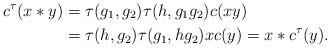
LaTeX: \begin{align*}c^\tau(x*y)&=\tau(g_1,g_2)\tau(h,g_1g_2)c(xy)\\ &=\tau(h,g_2)\tau(g_1,hg_2)xc(y)=x*c^\tau(y).\end{align*}